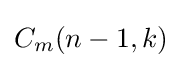
C_{m}(n-1,k)